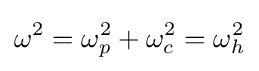
\omega ^{2}=\omega _{p}^{2}+\omega _{c}^{2}=\omega _{h}^{2}